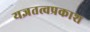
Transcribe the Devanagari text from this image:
यज्ञतत्वप्रकाश